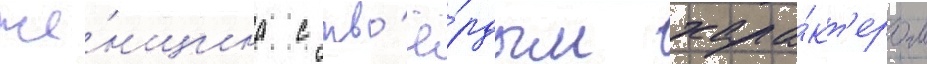
же́нщина с тв'ё́рдым хара́кт'ером